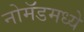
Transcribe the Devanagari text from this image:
नोमॅडमध्ये